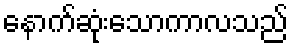
နောက်ဆုံးသောကာလသည်